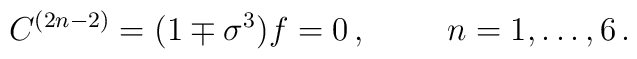
C^{(2n-2)}=(1\mp\sigma^{3})f=0\, ,\hspace{1cm}n=1,\ldots,6\, .